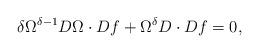
LaTeX: \begin{align*}\delta \Omega^{\delta-1}D\Omega \cdot Df + \Omega^{\delta} D\cdot Df =0,\end{align*}